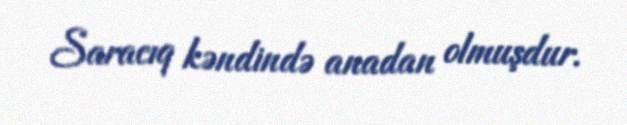
Saracıq kəndində anadan olmuşdur.